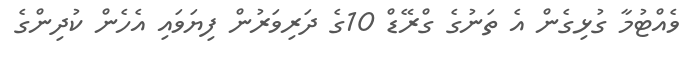
ވެއްޓުމާ ގުޅިގެން އެ ތަނުގެ ގްރޭޑް 10ގެ ދަރިވަރުން ފިޔަވައި އެހެން ކުދިންގެ